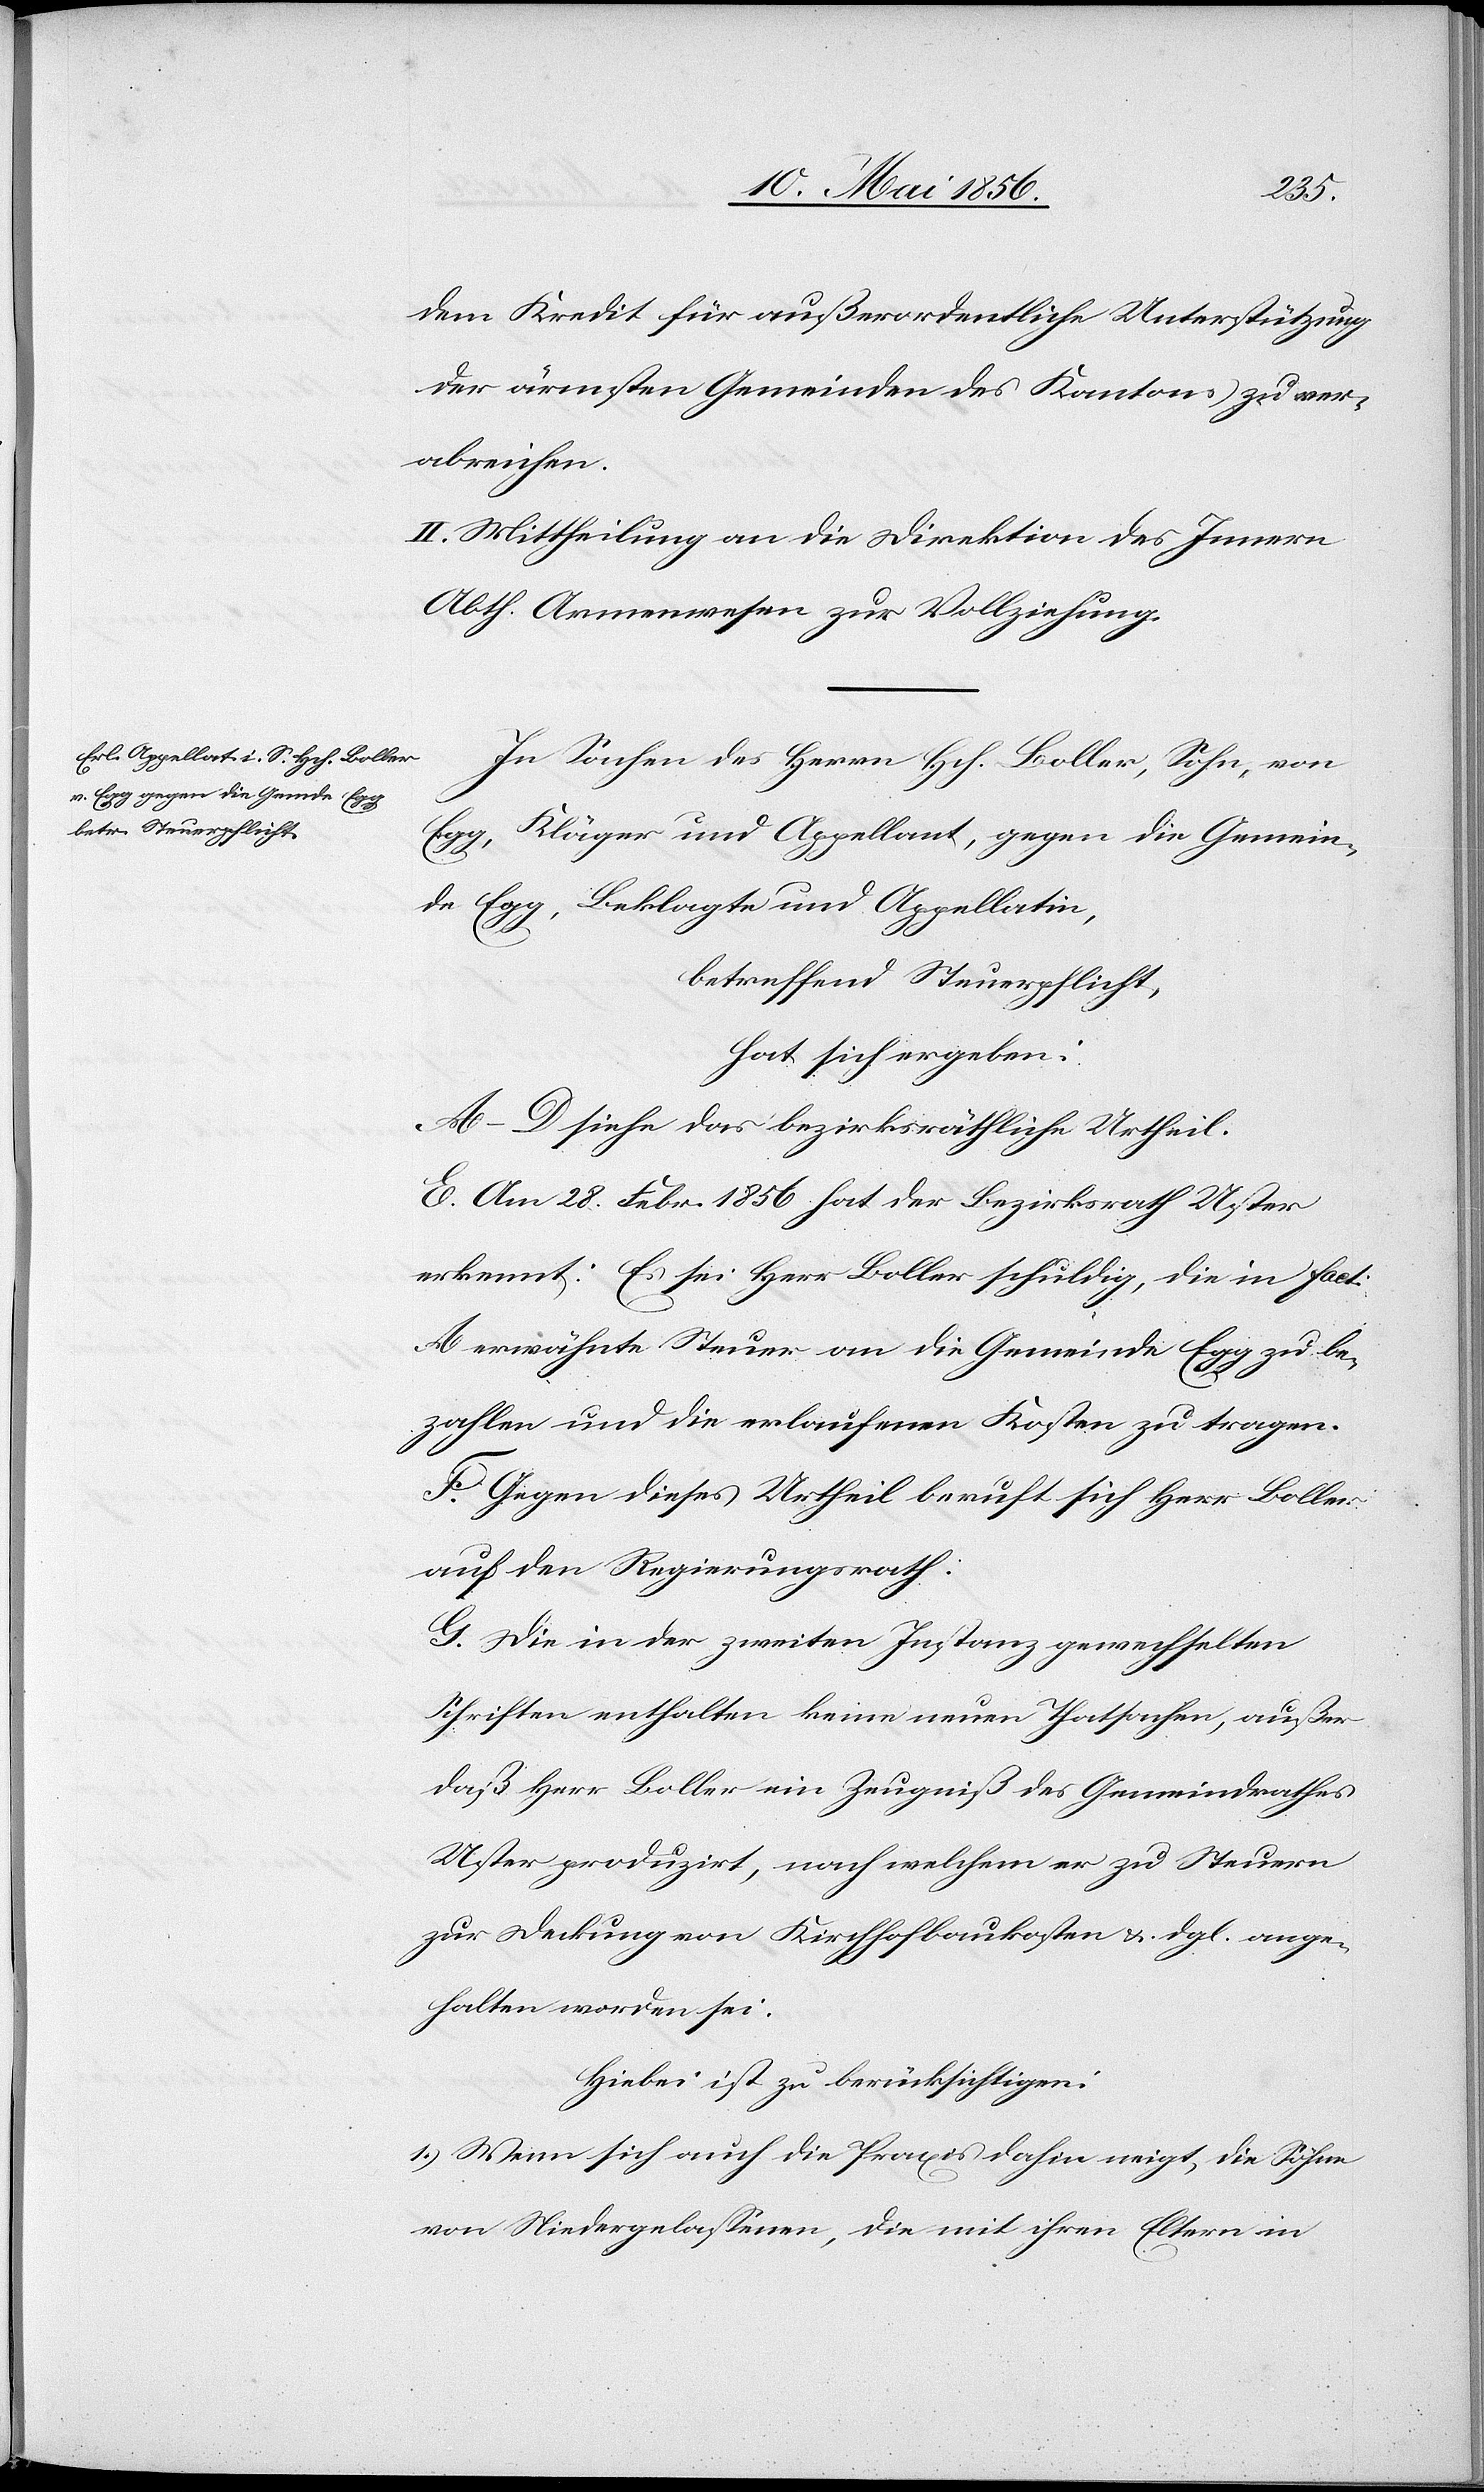
dem Kredit für außerordentliche Unterstützung
der ärmsten Gemeinden des Kantons zu ver¬
abreichen.
II. Mittheilung an die Direktion des Innern
Abth. Armenwesen zur Vollziehung.
In Sachen des Herrn Hch. Boller, Sohn, von
Egg, Kläger und Appellant, gegen die Gemein¬
de Egg, Beklagte und Appellatin,
betreffend Steuerpflicht,
hat sich ergeben:
A–D[.] siehe das bezirksräthliche Urtheil.
E. Am 28. Febr. 1856 hat der Bezirksrath Uster
erkennt: Es sei Herr Boller schuldig, die in fact:
A erwähnte Steuer an die Gemeinde Egg zu be¬
zahlen und die erlaufenen Kosten zu tragen.
F. Gegen dieses Urtheil beruft sich Herr Boller
auf den Regierungsrath.
G. Die in der zweiten Instanz gewechselten
Schriften enthalten keine neuen Thatsachen, außer
daß Herr Boller ein Zeugniß des Gemeindrathes
Uster produzirt, nach welchem er zu Steuern
zur Deckung von Kirchhofbaukosten &. dgl. ange¬
halten worden sei.
Hiebei ist zu berücksichtigen:
1.) Wenn sich auch die Praxis dahin neigt, die Söhne
von Niedergelassenen, die mit ihren Eltern in